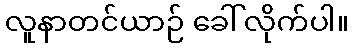
လူနာတင်ယာဉ် ခေါ်လိုက်ပါ။